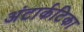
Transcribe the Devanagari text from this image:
अंटार्कटिका